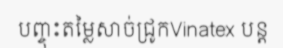
បញ្ចុះតម្លៃសាច់ជ្រូកVinatex បន្ត